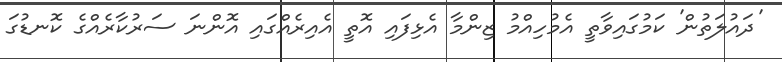
'ދައުލަތުން' ކަމުގައިވާތީ އެމުހިއްމު ޒިންމާ އެޅިފައި އޮތީ އެއިރެއްގައި އޮންނަ ސަރުކާރެއްގެ ކޮނޑުގަ